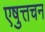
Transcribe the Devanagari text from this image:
एषुत्तचन